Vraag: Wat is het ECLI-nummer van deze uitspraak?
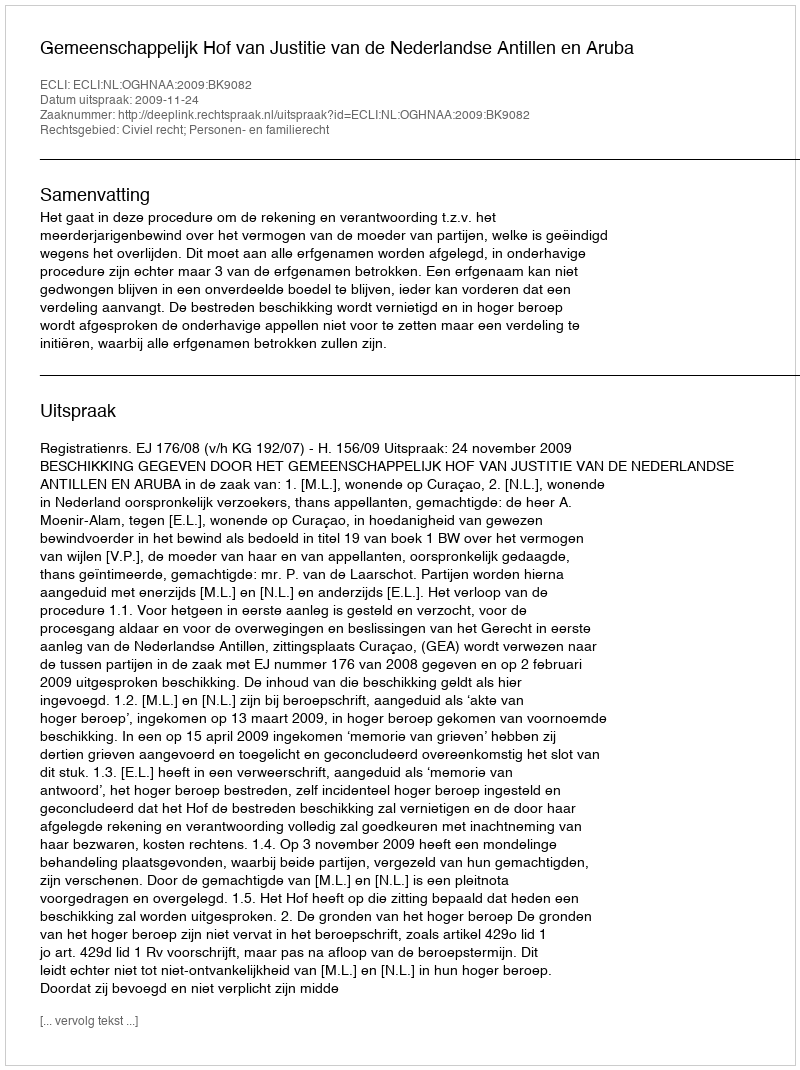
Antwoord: ECLI:NL:OGHNAA:2009:BK9082